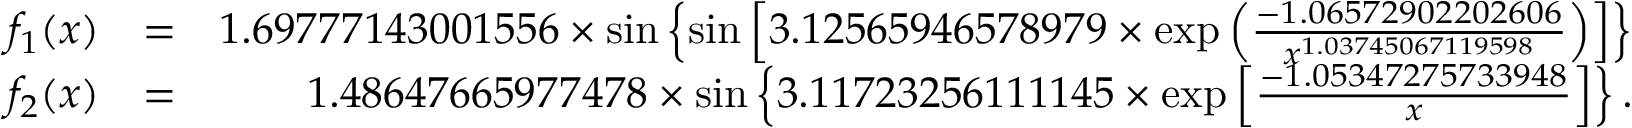
\begin{array} { r l r } { f _ { 1 } ( x ) } & { = } & { 1 . 6 9 7 7 7 1 4 3 0 0 1 5 5 6 \times \sin \left\{ \sin \left[ 3 . 1 2 5 6 5 9 4 6 5 7 8 9 7 9 \times \exp \left( \frac { - 1 . 0 6 5 7 2 9 0 2 2 0 2 6 0 6 } { x ^ { 1 . 0 3 7 4 5 0 6 7 1 1 9 5 9 8 } } \right) \right] \right\} } \\ { f _ { 2 } ( x ) } & { = } & { 1 . 4 8 6 4 7 6 6 5 9 7 7 4 7 8 \times \sin \left\{ 3 . 1 1 7 2 3 2 5 6 1 1 1 1 4 5 \times \exp \left[ \frac { - 1 . 0 5 3 4 7 2 7 5 7 3 3 9 4 8 } { x } \right] \right\} . } \end{array}